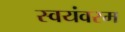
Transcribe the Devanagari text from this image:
स्वयंवरम